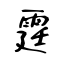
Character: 霆